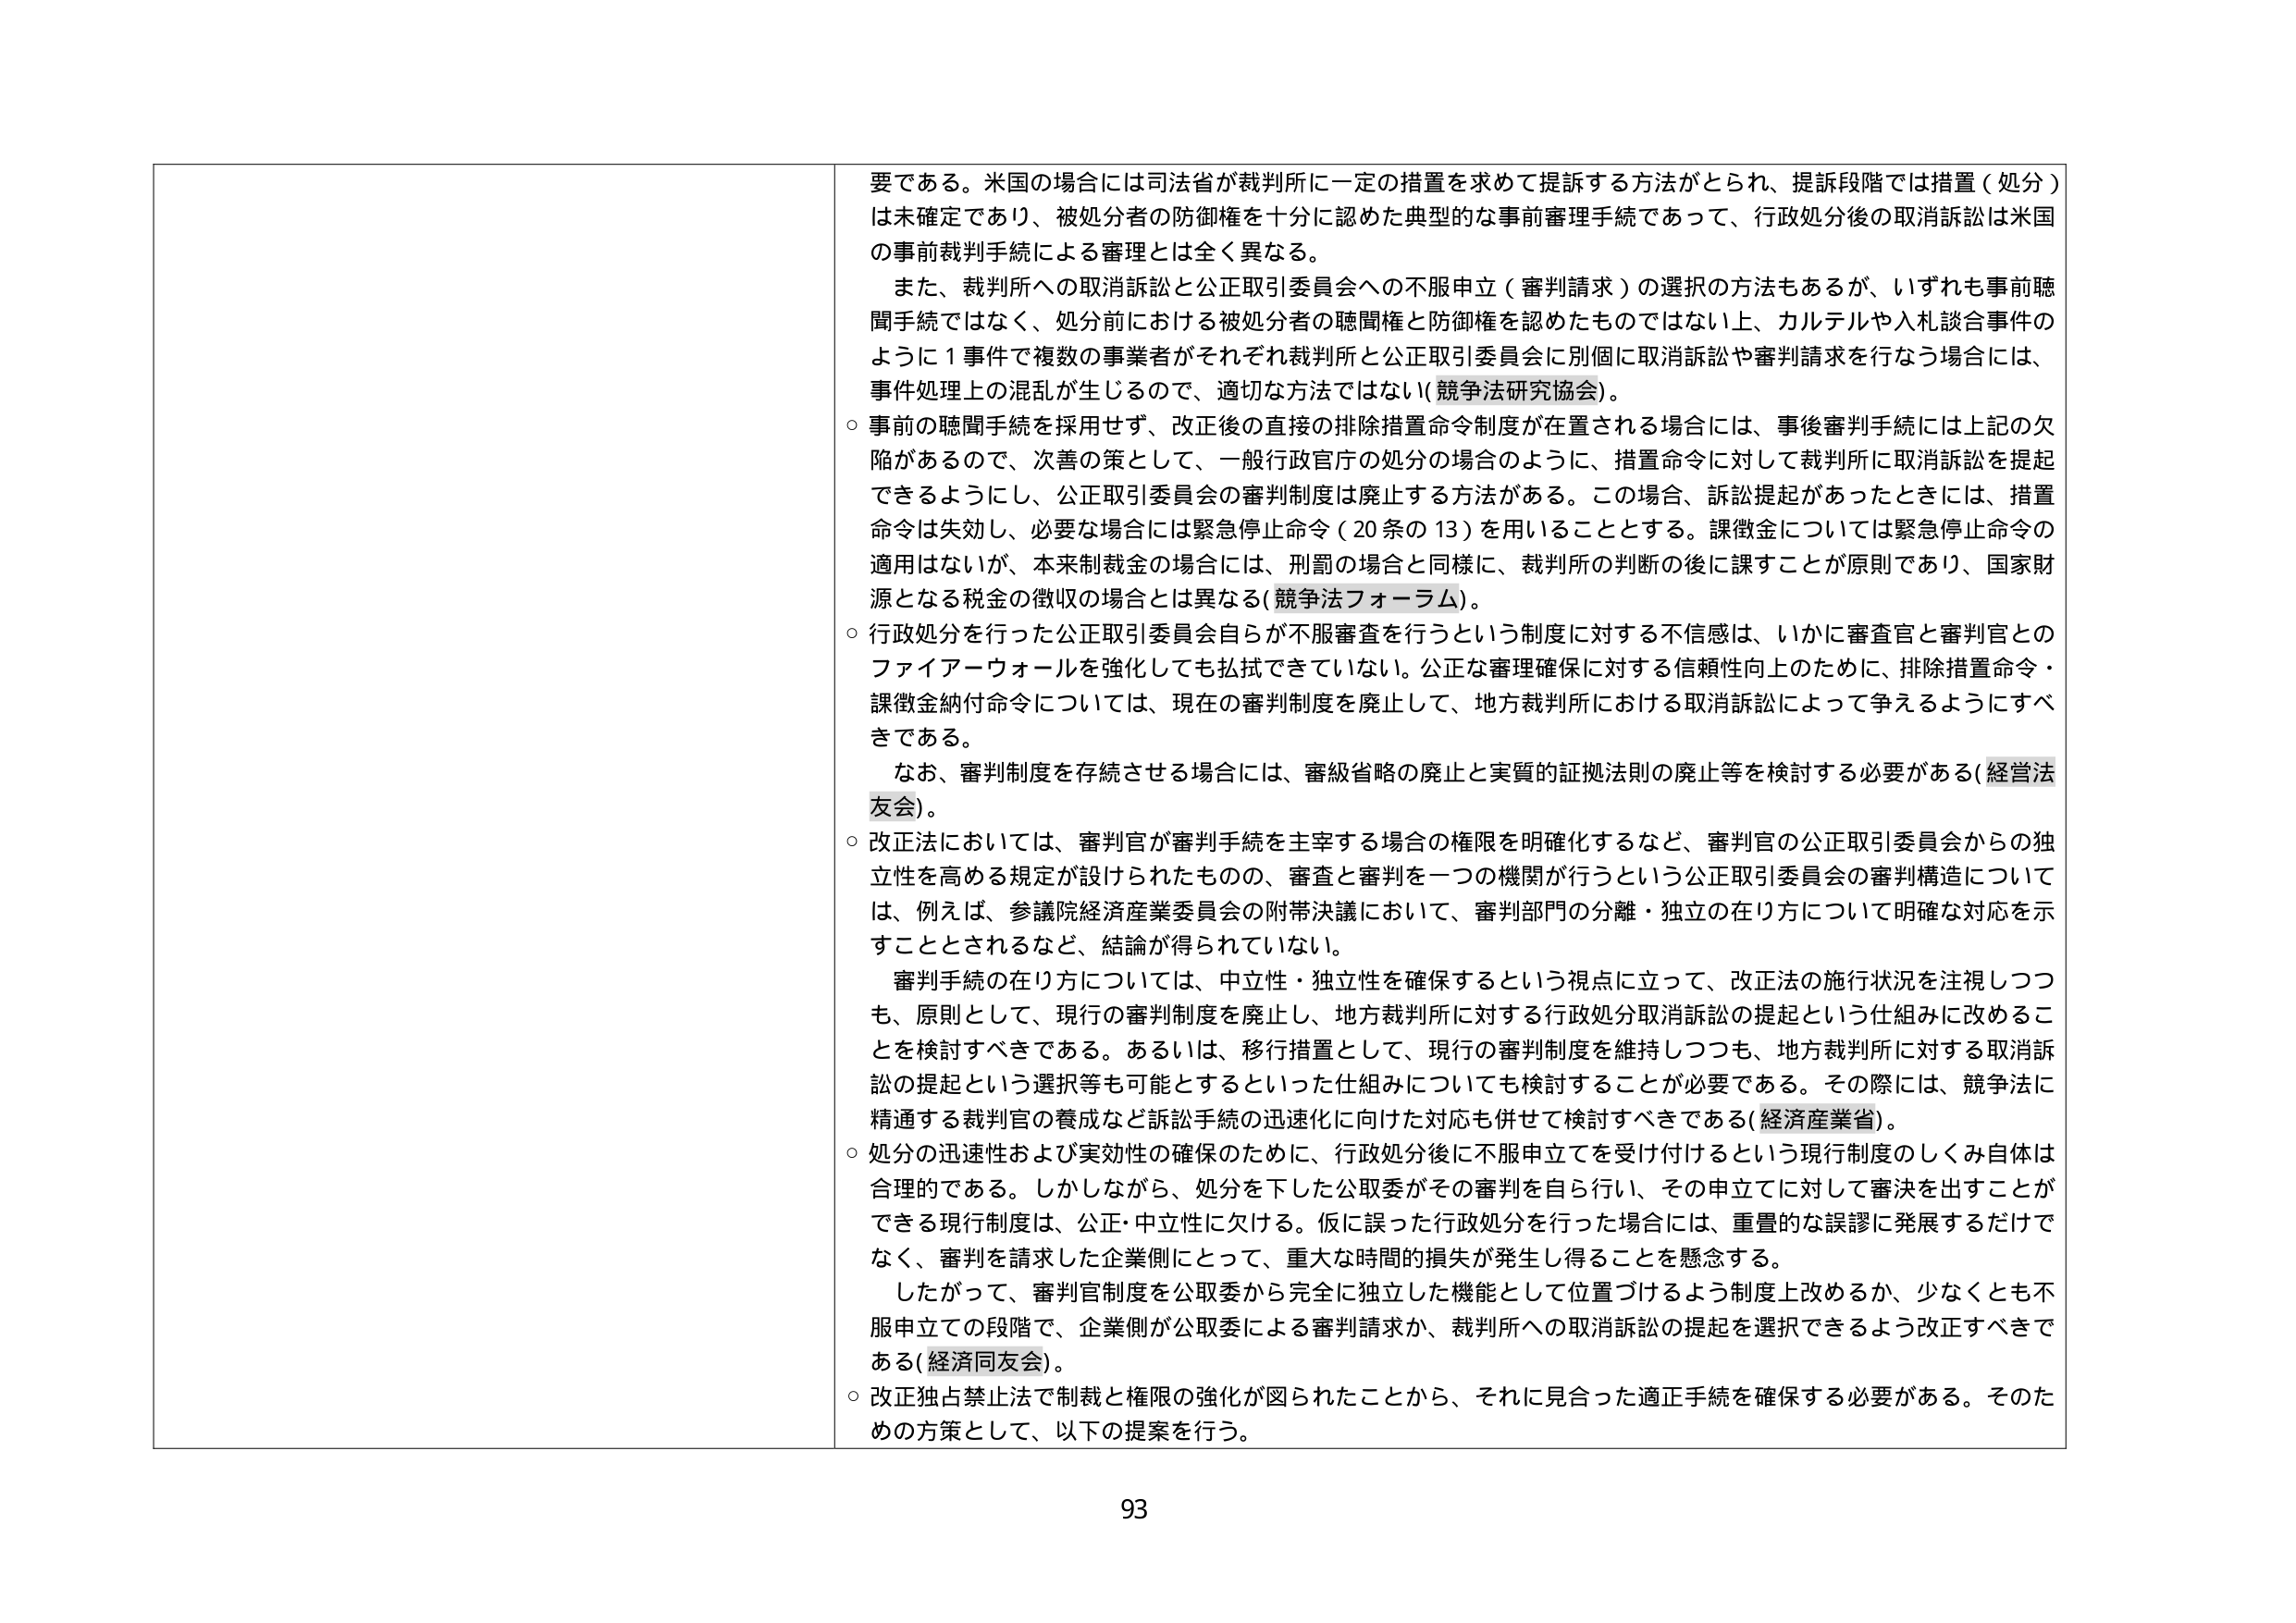
要である。米国の場合には司法省が裁判所に一定の措置を求めて提訴する方法がとられ、提訴段階では措置（処分）は未確定であり、被処分者の防御権を十分に認めた典型的な事前審理手続であって、行政処分後の取消訴訟は米国の事前裁判手続による審理とは全く異なる。

また、裁判所への取消訴訟と公正取引委員会への不服申立（審判請求）の選択の方法もあるが、いずれも事前聴聞手続ではなく、処分前における被処分者の聴聞権と防御権を認めたものではない上、カルテルや入札談合事件のように１事件で複数の事業者がそれぞれ裁判所と公正取引委員会に別個に取消訴訟や審判請求を行なう場合には、事件処理上の混乱が生じるので、適切な方法ではない（競争法研究協会）。

○ 事前の聴聞手続を採用せず、改正後の直接の排除措置命令制度が在置される場合には、事後審判手続には上記の欠陥があるので、次善の策として、一般行政官庁の処分の場合のように、措置命令に対して裁判所に取消訴訟を提起できるようにし、公正取引委員会の審判制度は廃止する方法がある。この場合、訴訟提起があったときには、措置命令は失効し、必要な場合には緊急停止命令（20条の13）を用いることとする。課徴金については緊急停止命令の適用はないが、本来制裁金の場合には、刑罰の場合と同様に、裁判所の判断の後に課すことが原則であり、国家財源となる税金の徴収の場合とは異なる（競争法フォーラム）。

○ 行政処分を行った公正取引委員会自らが不服審査を行うという制度に対する不信感は、いかに審査官と審判官とのファイアーウォールを強化しても払拭できていない。公正な審理確保に対する信頼性向上のために、排除措置命令・課徴金納付命令については、現在の審判制度を廃止して、地方裁判所における取消訴訟によって争えるようにすべきである。

なお、審判制度を存続させる場合には、審級省略の廃止と実質的証拠法則の廃止等を検討する必要がある（経営法友会）。

○ 改正法においては、審判官が審判手続を主宰する場合の権限を明確化するなど、審判官の公正取引委員会からの独立性を高める規定が設けられたものの、審査と審判を一つの機関が行うという公正取引委員会の審判構造については、例えば、参議院経済産業委員会の附帯決議において、審判部門の分離・独立の在り方について明確な対応を示すこととされるなど、結論が得られていない。

審判手続の在り方については、中立性・独立性を確保するという視点に立って、改正法の施行状況を注視しつつも、原則として、現行の審判制度を廃止し、地方裁判所に対する行政処分取消訴訟の提起という仕組みに改めるべきである。あるいは、移行措置として、現行の審判制度を維持しつつも、地方裁判所に対する取消訴訟の提起という選択等も可能とするといった仕組みについても検討することが必要である。その際には、競争法に精通する裁判官の養成など訴訟手続の迅速化に向けた対応も併せて検討すべきである（経済産業省）。

○ 処分の迅速性および実効性の確保のために、行政処分後に不服申立てを受け付けるという現行制度のしくみ自体は合理的である。しかしながら、処分を下した公取委がその審判を自ら行い、その申立てに対して審決を出すことができる現行制度は、公正・中立性に欠ける。仮に誤った行政処分を行った場合には、重畳的な誤謬に発展するだけでなく、審判を請求した企業側にとって、重大な時間的損失が発生し得ることを懸念する。

したがって、審判官制度を公取委から完全に独立した機能として位置づけるよう制度上改めるか、少なくとも不服申立ての段階で、企業側が公取委による審判請求か、裁判所への取消訴訟の提起を選択できるよう改正すべきである（経済同友会）。

○ 改正独占禁止法で制裁と権限の強化が図られたことから、それに見合った適正手続を確保する必要がある。そのための方策として、以下の提案を行う。

93